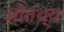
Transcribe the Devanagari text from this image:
औतथ्य